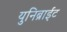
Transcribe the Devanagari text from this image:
युनिब्राईट